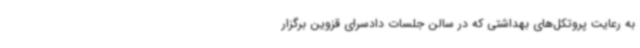
به رعایت پروتکل‌های بهداشتی که در سالن جلسات دادسرای قزوین برگزار